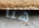
هنا